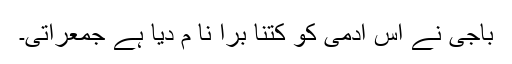
باجی نے اس آدمی کو کتنا بْرا نا م دیا ہے جمعراتی۔